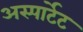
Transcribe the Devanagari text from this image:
अस्पार्टेट